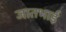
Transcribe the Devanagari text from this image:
जातभाई